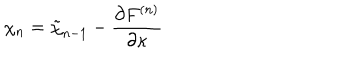
\chi _ { n } = \tilde { \chi } _ { n - 1 } - { \frac { \partial F ^ { ( n ) } } { \partial \kappa } }